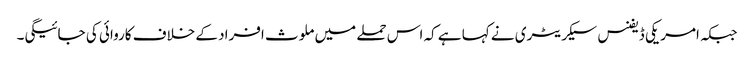
جبکہ امریکی ڈیفنس سیکریٹری نے کہا ہے کہ اس حملے میں ملوث افراد کے خلاف کاروائی کی جائیگی۔